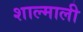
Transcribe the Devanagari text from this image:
शाल्माली